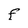
Character: F